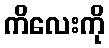
ကိလေးကို